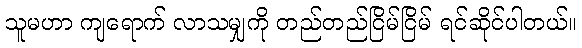
သူမဟာ ကျရောက် လာသမျှကို တည်တည်ငြိမ်ငြိမ် ရင်ဆိုင်ပါတယ်။